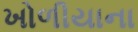
ખોળીયાના